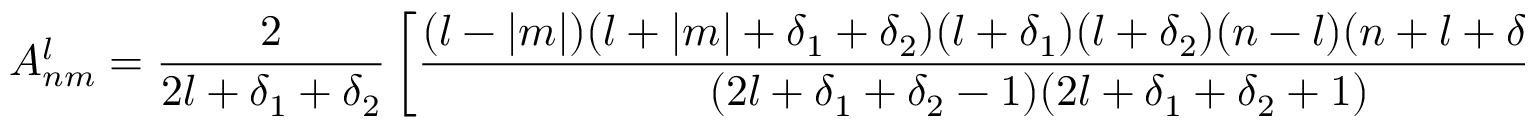
A _ { n m } ^ { l } = \frac { 2 } { 2 l + \delta _ { 1 } + \delta _ { 2 } } \left[ \frac { ( l - | m | ) ( l + | m | + \delta _ { 1 } + \delta _ { 2 } ) ( l + \delta _ { 1 } ) ( l + \delta _ { 2 } ) ( n - l ) ( n + l + \delta _ { 1 } + \delta _ { 2 } ) } { ( 2 l + \delta _ { 1 } + \delta _ { 2 } - 1 ) ( 2 l + \delta _ { 1 } + \delta _ { 2 } + 1 ) } \right] ^ { 1 / 2 } .